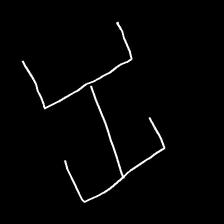
Glyph: entwine